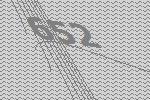
652